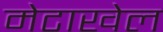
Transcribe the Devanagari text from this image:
मेटाखेल